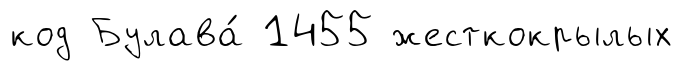
код Булава́ 1455 жесткокрылых